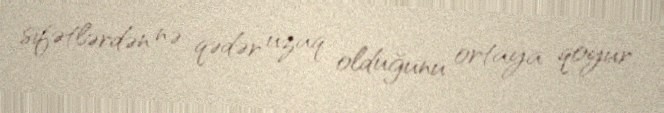
sifətlərdən nə qədər uzaq olduğunu ortaya qoyur.